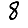
Digit: 8